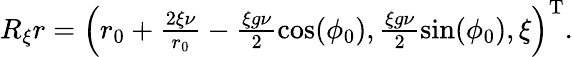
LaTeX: \begin{array}{r}{R_{\xi}r=\left(r_{0}+\frac{2\xi\nu}{r_{0}}-\frac{\xi g\nu}{2}\cos(\phi_{0}),\frac{\xi g\nu}{2}\sin(\phi_{0}),\xi\right)^{\mathrm{T}}.}\end{array}